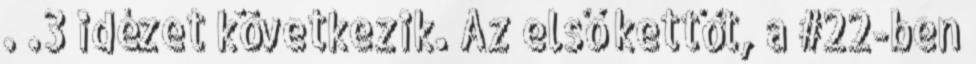
. .3 idézet következik. Az első kettőt, a #22-ben